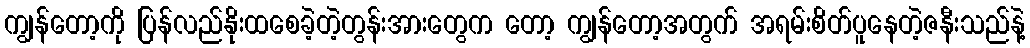
ကျွန်တော့ကို ပြန်လည်နိုးထစေခဲ့တဲ့တွန်းအားတွေက တော့ ကျွန်တော့အတွက် အရမ်းစိတ်ပူနေတဲ့ဇနီးသည်နဲ့